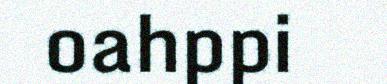
oahppi